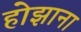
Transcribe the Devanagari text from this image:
होझाना